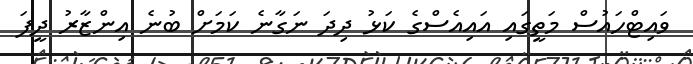
ވައިޓްހައުސް މަތީގައި އައިއެސްގެ ކަޅު ދިދަ ނަގާނެ ކަމަށް ބުނެ އިންޒާރު ދީފަ